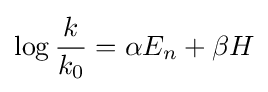
\log {\frac {k}{k_{0}}}=\alpha E_{n}+\beta H